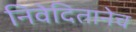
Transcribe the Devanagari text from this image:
निवेदितानेच